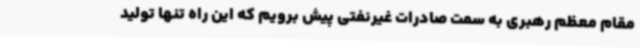
مقام معظم رهبری به سمت صادرات غیرنفتی پیش برویم که این راه تنها تولید